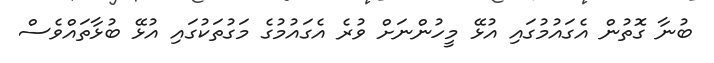
ބުނާ ގޮތުން އެގައުމުގައި އުޅޭ މީހުންނަށް ވުރެ އެގައުމުގެ މަގުތަކުގައި އުޅޭ ބުޅާތައްވެސް